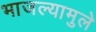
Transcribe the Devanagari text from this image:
भाजल्यामुले